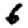
Digit: 6